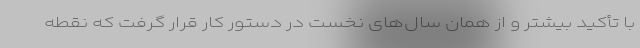
با تأکید بیشتر و از همان سال‌های نخست در دستور کار قرار گرفت که نقطه